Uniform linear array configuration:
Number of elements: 32
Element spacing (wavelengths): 0.25
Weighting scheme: kaiser
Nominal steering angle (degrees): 30
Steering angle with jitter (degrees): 29.719
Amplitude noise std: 0.05
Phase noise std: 0.05

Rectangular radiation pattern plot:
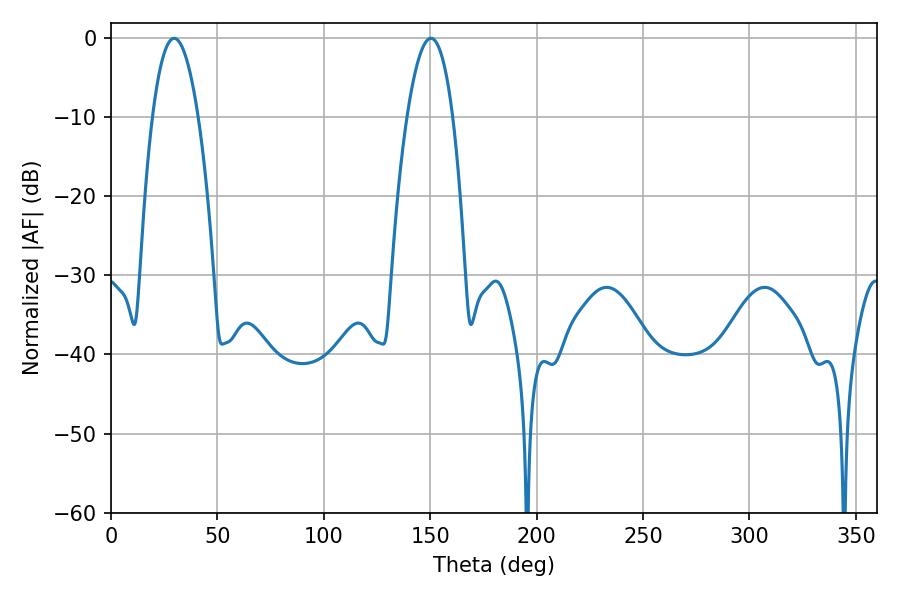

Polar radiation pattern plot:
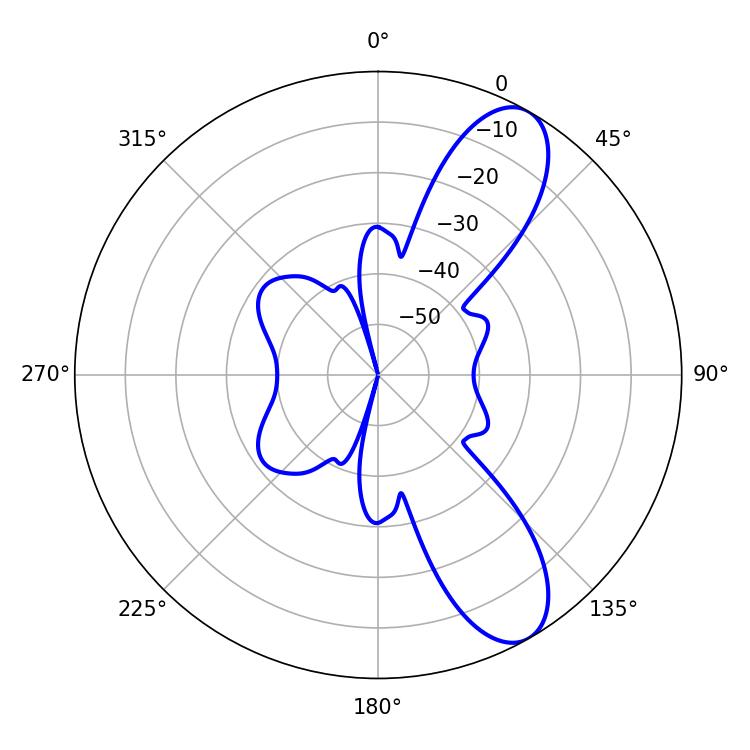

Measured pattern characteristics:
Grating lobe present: FALSE
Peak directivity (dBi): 9.575
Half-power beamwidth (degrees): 11.88
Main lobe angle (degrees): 150.3